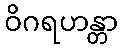
ဝိဂရဟန္တာ